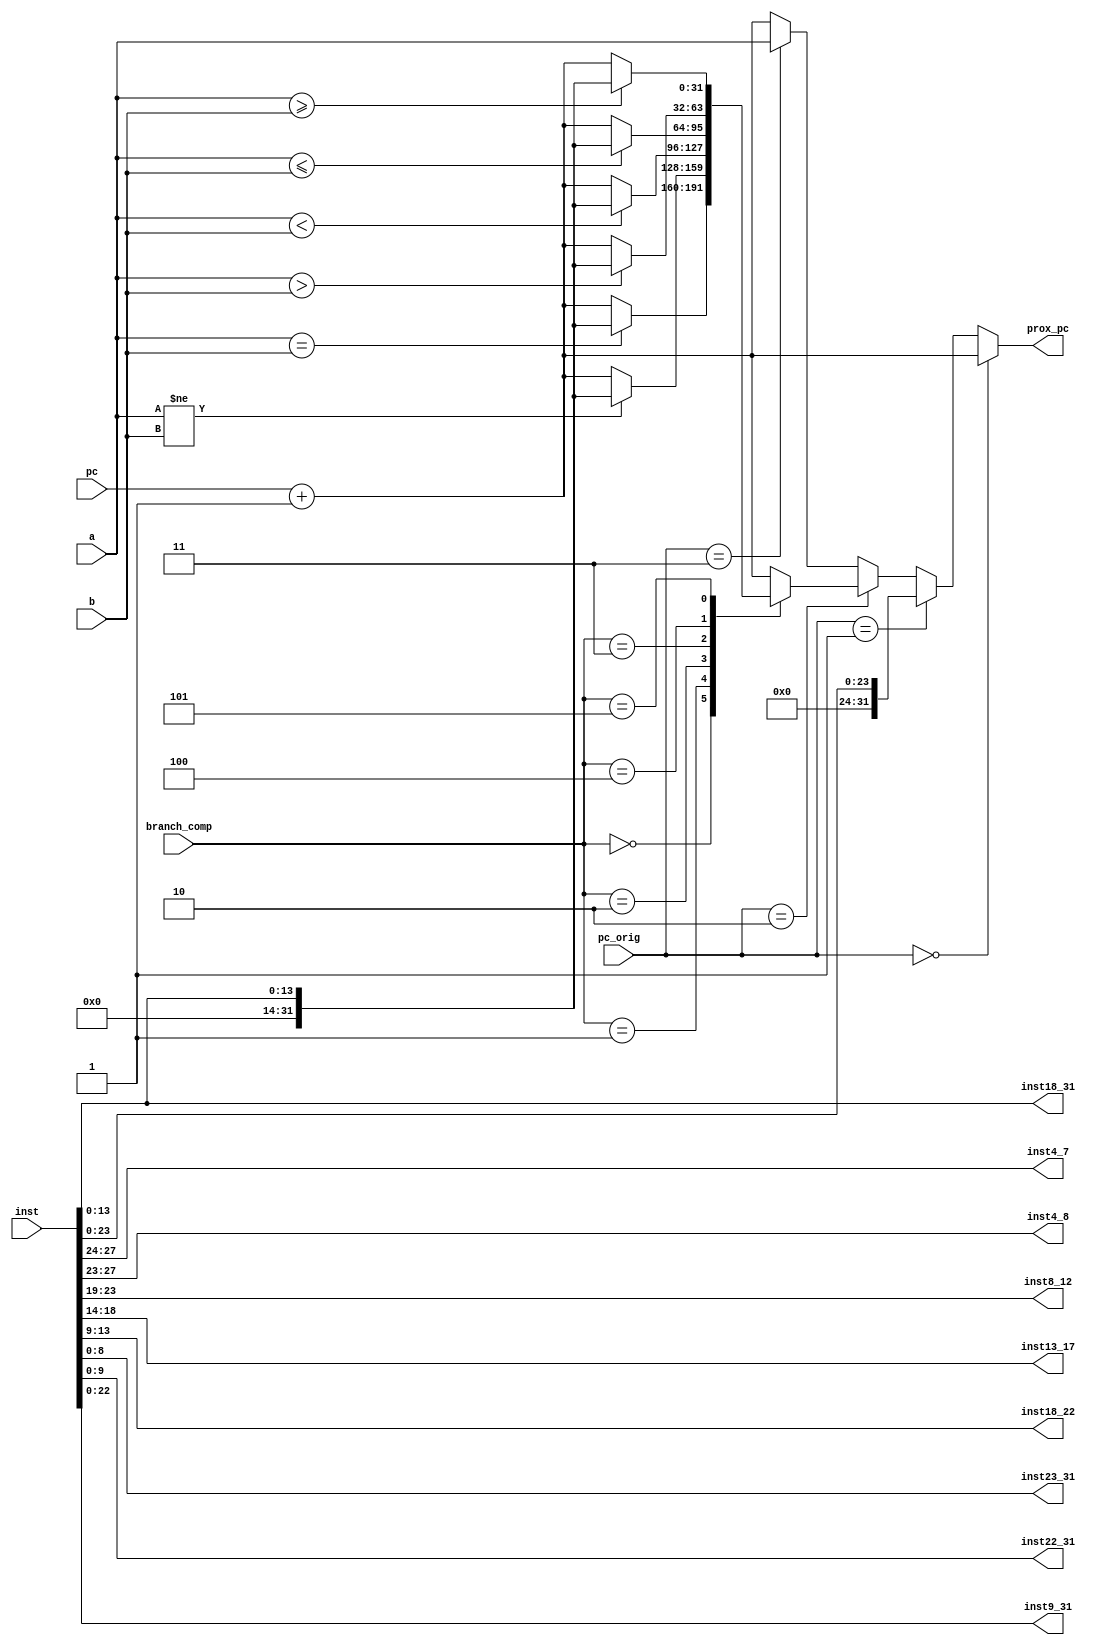
module udcpc(
input[31:0] pc,
input[0:31] inst,
input[1:0] pc_orig,
input[2:0] branch_comp,
input[31:0] a,
input[31:0] b,
output reg[31:0] prox_pc,
output[3:0] inst4_7,
output[4:0] inst4_8,
output[4:0] inst8_12,
output[4:0] inst13_17,
output[4:0] inst18_22,
output[8:0] inst23_31,
//output[9:0] inst13_22,
output[9:0] inst22_31,
output[13:0] inst18_31,
output[22:0] inst9_31);//Unidade de divisao e calculo do endereco do program counter

parameter zero = 32'd0;
parameter um = 32'd1;

wire[23:0] inst8_31;
	
always @(*)
begin
	if(pc_orig==2'b00)//Sequencial
		prox_pc = pc + um;
	else if(pc_orig==2'b01)//B, BL
		prox_pc = {8'd0, inst8_31};
	else if(pc_orig==2'b10)//BEQ, BNE, BLT, BLE, BMT, BME
	begin
		case(branch_comp)
			3'b000://BEQ
				begin
					if(a==b)
						prox_pc = {18'd0,inst18_31};
					else
						prox_pc = pc + um;
				end
			3'b001://BNE
				begin
					if(a!=b)
						prox_pc = {18'd0,inst18_31};
					else
						prox_pc = pc + um;
				end
			3'b010://BLT
				begin
					if(a<b)
						prox_pc = {18'd0,inst18_31};
					else
						prox_pc = pc + um;
				end
			3'b011://BLE
				begin
					if(a<=b)
						prox_pc = {18'd0,inst18_31};
					else
						prox_pc = pc + um;
				end
			3'b100://BMT
				begin
					if(a>b)
						prox_pc = {18'd0,inst18_31};
					else
						prox_pc = pc + um;
				end
			3'b101://BME
				begin
					if(a>=b)
						prox_pc = {18'd0,inst18_31};
					else
						prox_pc = pc + um;
				end			

			default: prox_pc = pc + um;
		endcase
	end
	else if(pc_orig==2'b11)//BR
		prox_pc = a;
	else
		prox_pc = pc+um;
end

	assign {inst4_7,inst8_31} = inst[4:31];
	assign {inst4_8,inst9_31} = inst[4:31];
	assign {inst8_12,inst13_17,inst18_31} = inst[8:31];
	assign {inst18_22,inst23_31} = inst[18:31];
	assign inst22_31 = inst[22:31];
	//assign inst13_22 = inst[13:22];
 
endmodule